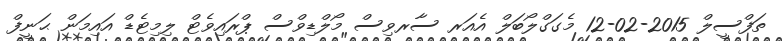
ތަފްސީލް 2015-02-12 މެގަގްލޯބަލް އެއަރ ސާރވިސް މޯލްޑިވްސް ޕްރައިވެޓް ލިމިޓެޑް އައިމަން ޙަނީފް